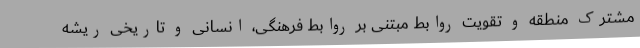
مشترک منطقه و تقویت روابط مبتنی بر روابط فرهنگی، انسانی و تاریخی ریشه